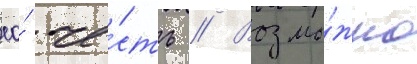
ео́ че́сть // Возмо́жно